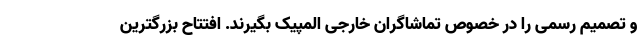
و تصمیم رسمی را در خصوص تماشاگران خارجی المپیک بگیرند. افتتاح بزرگترین